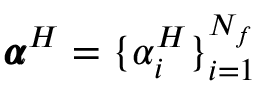
\pmb { \alpha } ^ { H } = \{ \alpha _ { i } ^ { H } \} _ { i = 1 } ^ { N _ { f } }